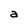
Character: a